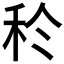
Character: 𥝨